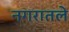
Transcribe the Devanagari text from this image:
नगरातले